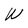
Character: W